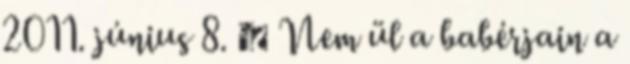
2011. június 8. ↑ Nem ül a babérjain a